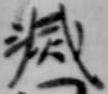
滅